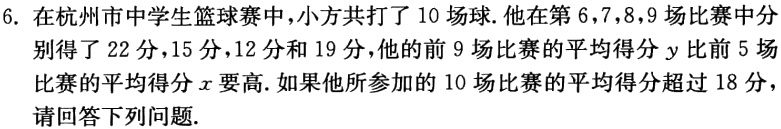
6. 在杭州市中学生篮球赛中,小方共打了 10 场球.他在第 6,7,8,9 场比赛中分别得了 22 分,15 分,12 分和 19 分,他的前 9 场比赛的平均得分 \(y\) 比前 5 场比赛的平均得分 \(x\) 要高.如果他所参加的 10 场比赛的平均得分超过 18 分，